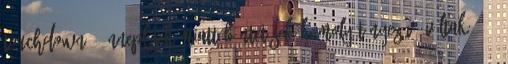
touchdown - ünneplések miatt büntetések komoly tényezővé váltak 2012